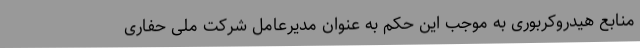
منابع هیدروکربوری به موجب این حکم به عنوان مدیرعامل شرکت ملی حفاری